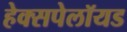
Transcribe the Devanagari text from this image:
हेक्सपेलॉयड